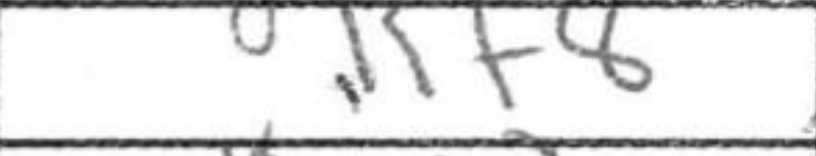
Transcription: Kf8